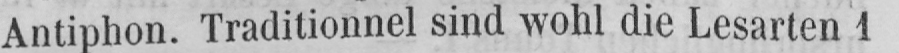
Antiphon. Traditionnel sind wohl die Lesarten 1